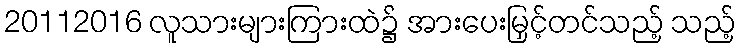
20112016 လူသားများကြားထဲ၌ အားပေးမြှင့်တင်သည့် သည့်